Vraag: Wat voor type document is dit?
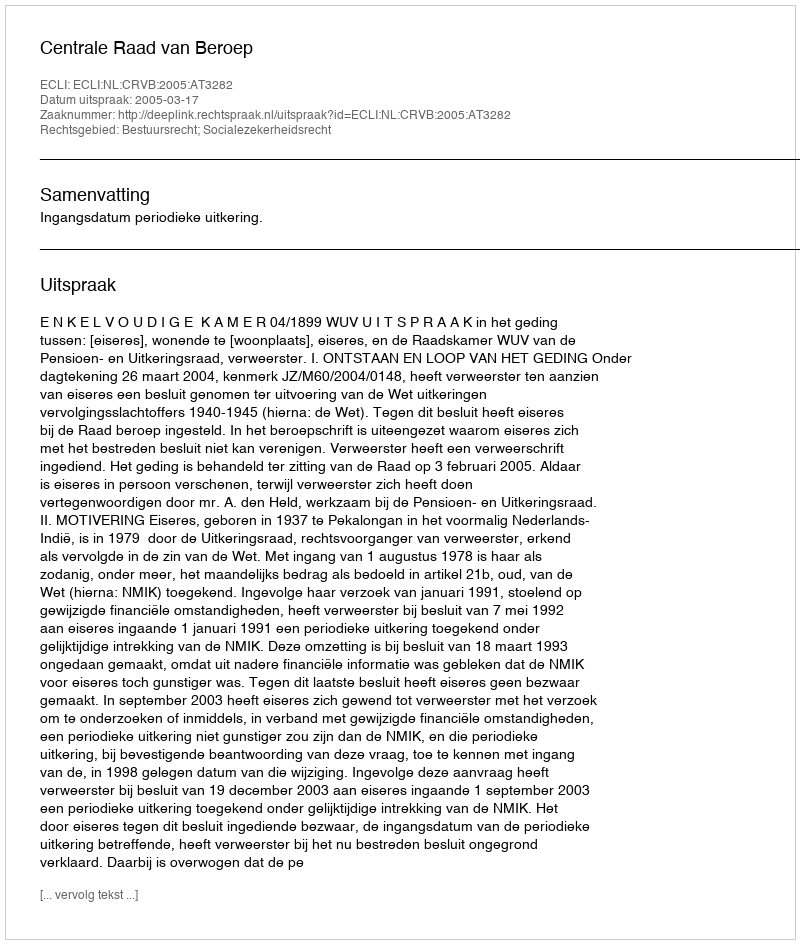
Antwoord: Uitspraak